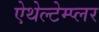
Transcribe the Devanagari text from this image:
ऐथेल्टेम्प्लर